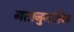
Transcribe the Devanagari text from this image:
गतानुगतिक